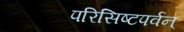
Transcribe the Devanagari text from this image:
परिसिष्टपर्वन्‌